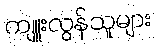
ကျူးလွန်သူများ